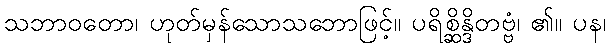
သဘာဝတော၊ ဟုတ်မှန်သောသဘောဖြင့်။ ပရိစ္ဆိန္ဒိတဗ္ဗံ၊ ၏။ ပန၊